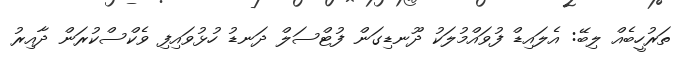
ތަރުހީބެއް ލިބޭ: އެލައިޑް ފުވައްމުލަކު ދޫނޑިގަން ފުޓްސަލް ދަނޑު ހުޅުވައިފި ވެކްސްކުރަން ދާއިރު